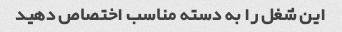
این شغل را به دسته مناسب اختصاص دهید